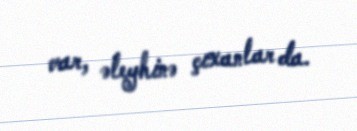
var, əleyhinə çıxanlar da.